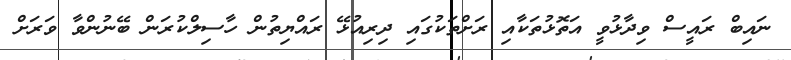
ނައިބް ރައީސް ވިދާޅުވީ އަތޮޅުތަކާއި ރަށްތަކުގައި ދިރިއުޅޭ ރައްޔިތުން ހާސިލްކުރަން ބޭނުންވާ ވަރަށް